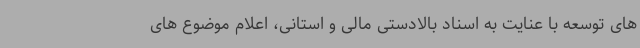
های توسعه با عنایت به اسناد بالادستی مالی و استانی، اعلام موضوع های